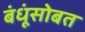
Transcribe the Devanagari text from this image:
बंधूंसोबत